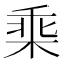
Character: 𣒧